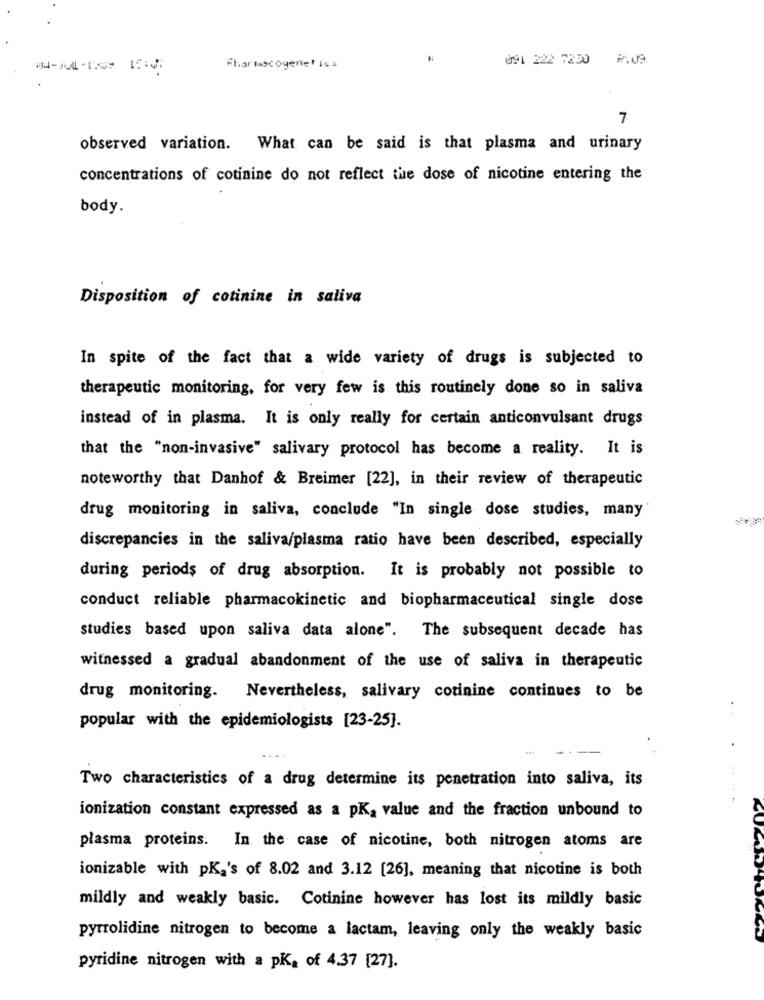
091 282 7230
2.09.
Pharmascogenet ius
7
observed variation. What can be said is that plasma and urinary
concentrations of cotinine do not reflect the dose of nicotine entering the
body.
Disposition of cotinine in saliva
In spite of the fact that a wide variety of drugs is subjected to
therapeutic monitoring, for very few is this routinely done so in saliva
instead of in plasma. It is only really for certain anticonvulsant drugs
that the "non-invasive" salivary protocol has become a reality. It is
noteworthy that Danhof & Breimer [22], in their review of therapeutic
drug monitoring in saliva, conclude "In single dose studies, many
discrepancies in the saliva/plasma ratio have been described, especially
during periods of drug absorption. It is probably not possible to
conduct reliable pharmacokinetic and biopharmaceutical single dose
studies based upon saliva data alone". The subsequent decade has
witnessed a gradual abandonment of the use of saliva in therapeutic
drug monitoring. Nevertheless, salivary cotinine continues to be
popular with the epidemiologists [23-25].
Two characteristics of a drug determine its penetration into saliva, its
ionization constant expressed as a pK, value and the fraction unbound to
plasma proteins. In the case of nicotine, both nitrogen atoms are
ionizable with pK,'s of 8.02 and 3.12 [26], meaning that nicotine is both
mildly and weakly basic. Cotinine however has lost its mildly basic
pyrrolidine nitrogen to become a lactam, leaving only the weakly basic
pyridine nitrogen with a pK, of 4.37 [27].